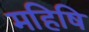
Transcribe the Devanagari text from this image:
महिषि